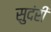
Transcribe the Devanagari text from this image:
सुदंरी